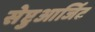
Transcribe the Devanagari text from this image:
सेप्टुआर्जिट